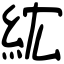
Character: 𥿢